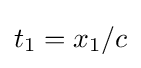
t_{1}=x_{1}/c